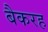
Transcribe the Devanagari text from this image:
बैकरह